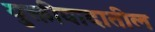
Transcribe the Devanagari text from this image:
युक्तीवादातील